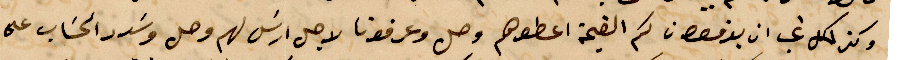
وكذلك نحب ان يدفعون كل القيمة اعطوهم وصل وعرفونا لاجل ارسل لهم وصل وسدد الحساب على